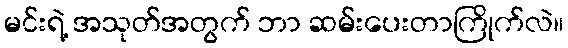
မင်းရဲ့ အသုတ်အတွက် ဘာ ဆမ်းပေးတာကြိုက်လဲ။